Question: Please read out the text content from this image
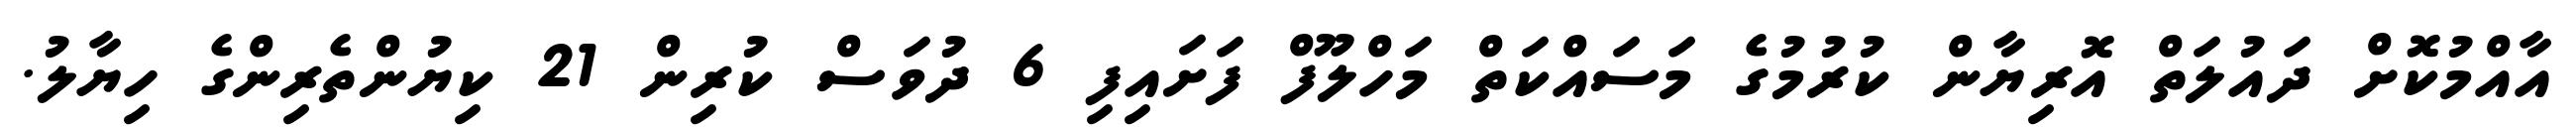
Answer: އާއްމުކޮށް ދައުލަތް އޮރިޔާން ކުރުމުގެ މަސައްކަތް މަހްލޫފް ފަށައިފި 6 ދުވަސް ކުރިން 21 ކިޔުންތެރިންގެ ހިޔާލު.